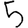
Digit: 5